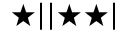
\bigstar | | \bigstar \bigstar |